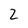
Character: 2